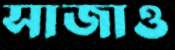
সাজাও